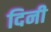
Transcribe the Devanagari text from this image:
दिनी